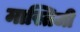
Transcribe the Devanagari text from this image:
मास्तिजी